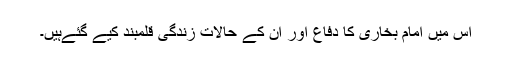
اس میں امام بخاری کا دفاع اور ان کے حالات زندگی قلمبند کیے گئےہیں۔